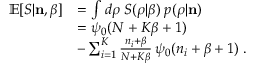
\begin{array} { r l } { \mathbb { E } [ S | { \bf n } , \beta ] } & { = \int d \boldsymbol { \rho } \; S ( \boldsymbol { \rho } | \beta ) \; p ( \boldsymbol { \rho } | { \bf n } ) } \\ & { = \psi _ { 0 } ( N + K \beta + 1 ) } \\ & { - \sum _ { i = 1 } ^ { K } \frac { n _ { i } + \beta } { N + K \beta } \, \psi _ { 0 } ( n _ { i } + \beta + 1 ) \; . } \end{array}